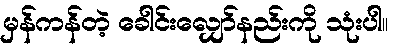
မှန်ကန်တဲ့ ခေါင်းလျှော်နည်းကို သုံးပါ။